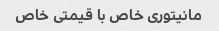
مانیتوری خاص با قیمتی خاص